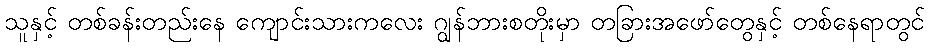
သူနှင့် တစ်ခန်းတည်းနေ ကျောင်းသားကလေး ဂျွန်ဘားစတိုးမှာ တခြားအဖော်တွေနှင့် တစ်နေရာတွင်